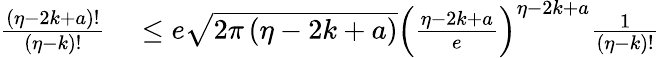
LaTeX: \begin{array}{rl}{\frac{\left(\eta-2k+a\right)!}{\left(\eta-k\right)!}}&{{}\leq e\sqrt{2\pi\left(\eta-2k+a\right)}\left(\frac{\eta-2k+a}{e}\right)^{\eta-2k+a}\frac{1}{\left(\eta-k\right)!}}\end{array}